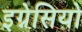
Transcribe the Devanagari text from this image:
इग्नेसियो